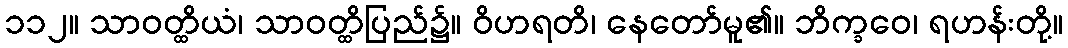
၁၁၂။ သာဝတ္ထိယံ၊ သာဝတ္ထိပြည်၌။ ဝိဟရတိ၊ နေတော်မူ၏။ ဘိက္ခဝေ၊ ရဟန်းတို့။